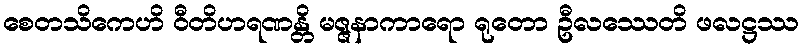
စေတသိကေဟိ ဝီတိဟရဏန္တိ မဇ္ဇနာကာရော ရုတော ဦလဿေတိ ဖလဋ္ဌဿ